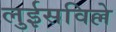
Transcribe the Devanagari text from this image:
लुईसविल्ले